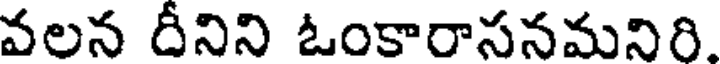
వలన దీనిని ఓంకారాసనమనిరి